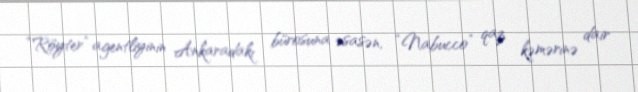
“Röyter” agentliyinin Ankaradakı bürosuna əsasən, “Nabucco” qaz kəmərinə dair